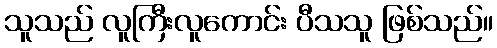
သူသည် လူကြီးလူကောင်း ပီသသူ ဖြစ်သည်။